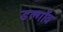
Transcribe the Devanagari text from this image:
डल्गाँव